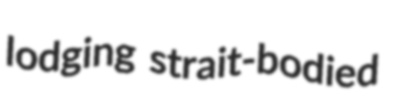
lodging strait-bodied